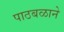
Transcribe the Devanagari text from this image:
पाठबळाने